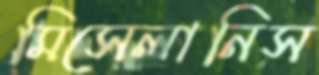
মিসেলানিস